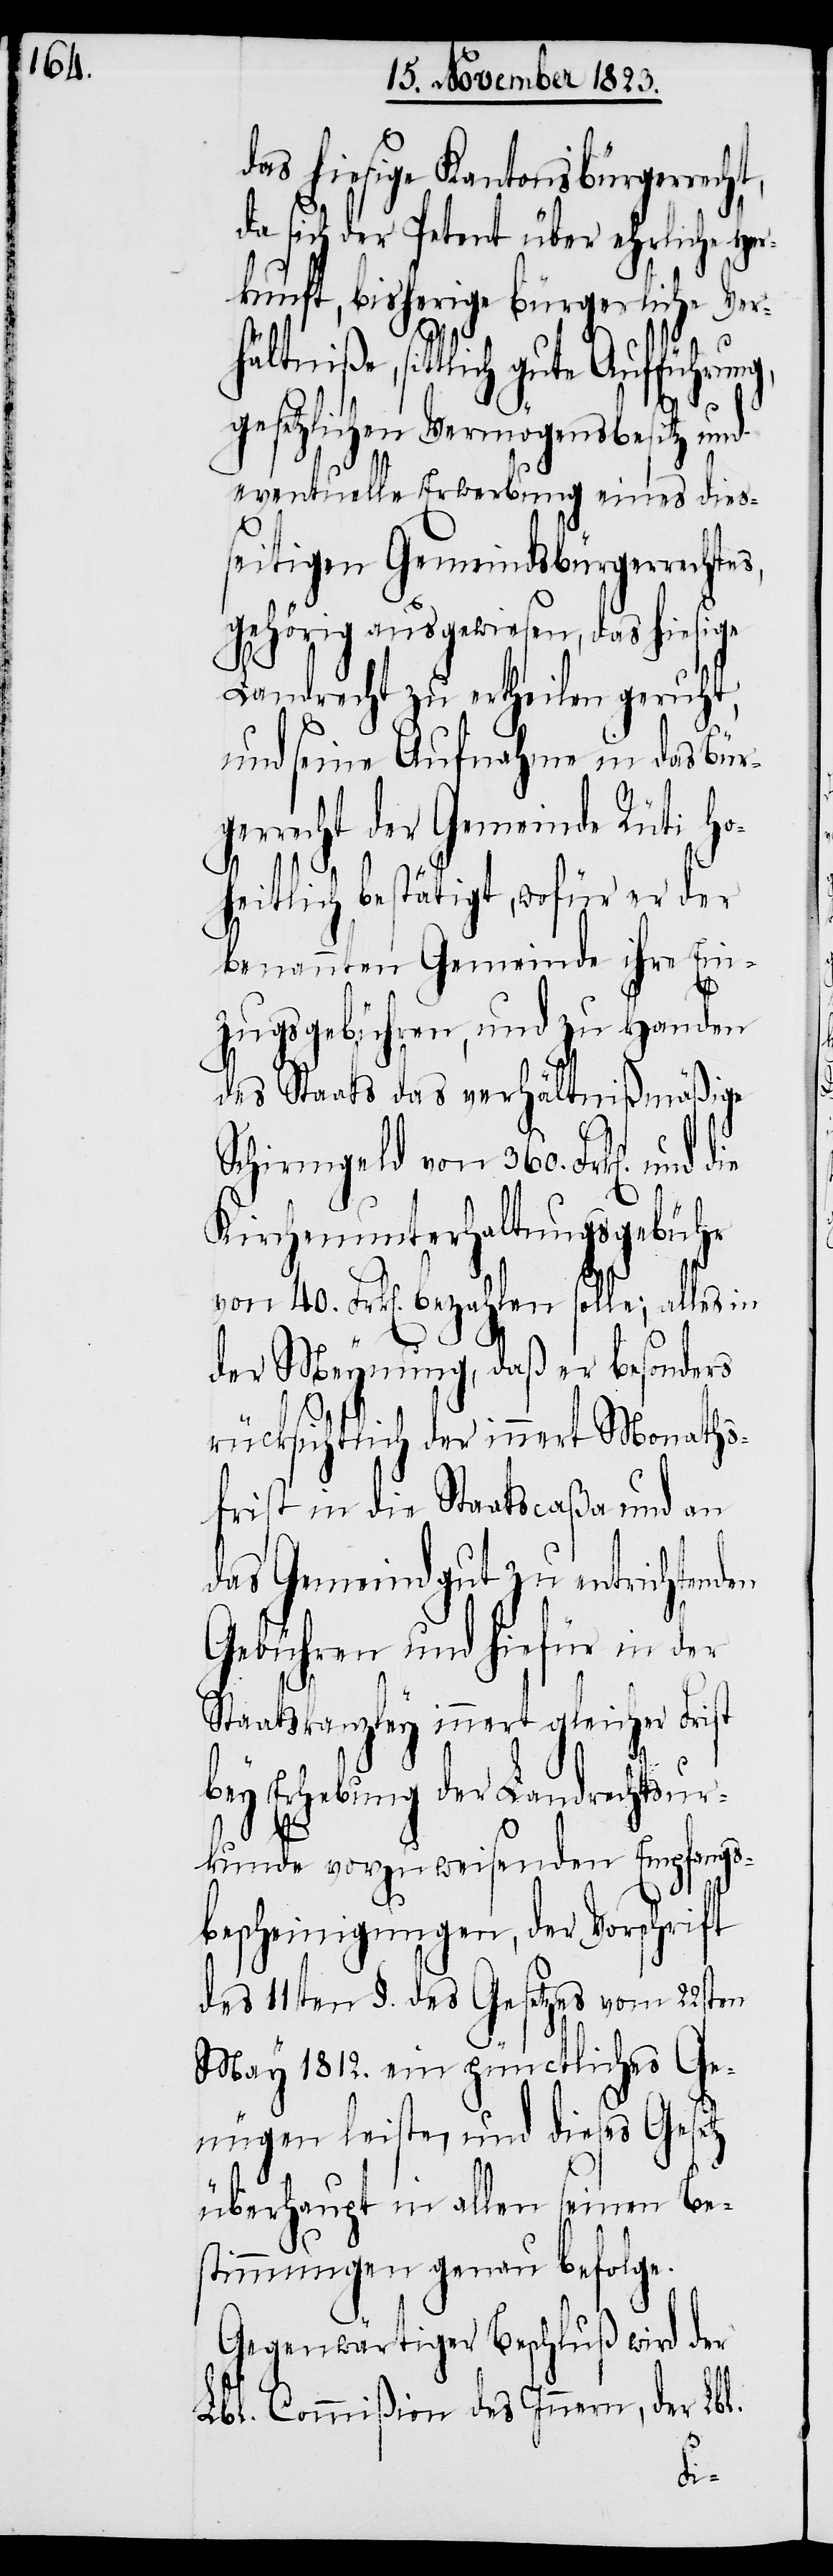
das hiesige Kantonsbürgerrecht,
da sich der Petent über eheliche Her¬
unft, bisherige bürgerliche V¬
hältniße, sittlich gute Aufführung,
gesetzlichen Vermögensbesitz und
eventuelle Erwerbung eines dies¬
seitigen Gemeindsbürgerrechtes,
gehörig ausgewiesen, das hiesige
Landrecht zu ertheilen geruht,
und seine Aufnahme in das Bür¬
gerrecht der Gemeinde Rüti ho¬
heitlich bestätigt, wofür er der
benannten Gemeinde ihre Ein¬
zugsgebühren, und zu Handen
des Staats das verhältnißmäßige
Schirmgeld von 360. Frk[en]. und
Kirchenunterhaltsgebühr
von 40. Frk[en]. bezahlen solle; alles in
der Meynung, daß er besonders
rücksichtlich der innert Monaths¬
frist in die Staatscaßa und an
das Gemeindgut zu entrichtenden
Gebühren und hiefür in der
Staatskanzley innert gleicher Frist
bey Erhebung der Landrechtsur¬
kunde vorzuweisenden Empfangs¬
bescheinigungen, der Vorschrift
des 11ten §. des Gesetzes vom 22sten
May 1812. ein pünctliches Ge¬
nügen leiste, und dieses Gesetz
überhaupt in allen seinen Be¬
stimmungen genau befolge.
Gegenwärtiger Beschluß wird der
Lbl. Commißion des Innern, der Lbl.
die